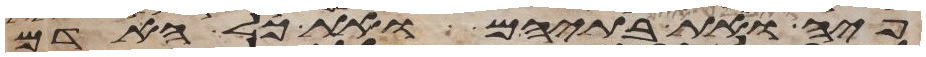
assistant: ואת בתיהם ואת כל האדם